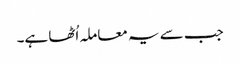
جب سے یہ معاملہ اُٹھا ہے۔